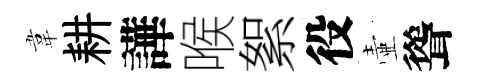
韋耕譁喉絮役壷聳